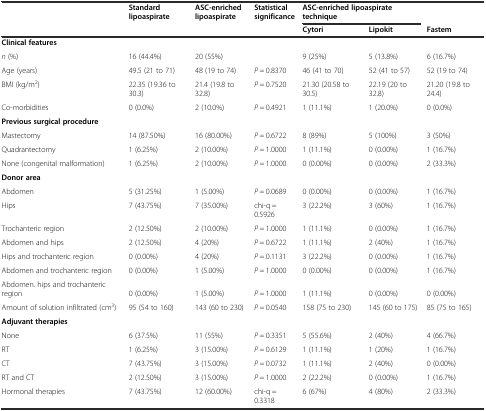
<table><thead><tr><td rowspan="2"></td><td rowspan="2"><b>Standard lipoaspirate</b></td><td rowspan="2"><b>ASC-enriched lipoaspirate</b></td><td rowspan="2"><b>Statistical significance</b></td><td colspan="2"><b>ASC-enriched lipoaspirate technique</b></td><td></td></tr><tr><td><b>Cytori</b></td><td><b>Lipokit</b></td><td><b>Fastem</b></td></tr></thead><tbody><tr><td><b>Clinical features</b></td><td></td><td></td><td></td><td></td><td></td><td></td></tr><tr><td><i>n</i> (%)</td><td>16 (44.4%)</td><td>20 (55%)</td><td></td><td>9 (25%)</td><td>5 (13.8%)</td><td>6 (16.7%)</td></tr><tr><td>Age (years)</td><td>49.5 (21 to 71)</td><td>48 (19 to 74)</td><td><i>P</i> = 0.8370</td><td>46 (41 to 70)</td><td>52 (41 to 57)</td><td>52 (19 to 74)</td></tr><tr><td>BMI (kg/m<sup>2</sup>)</td><td>22.35 (19.36 to 30.3)</td><td>21.4 (19.8 to 32.8)</td><td><i>P</i> = 0.7520</td><td>21.30 (20.58 to 30.5)</td><td>22.19 (20 to 32.8)</td><td>21.20 (19.8 to 24.4)</td></tr><tr><td>Co-morbidities</td><td>0 (0.0%)</td><td>2 (10.0%)</td><td><i>P</i> = 0.4921</td><td>1 (11.1%)</td><td>1 (20.0%)</td><td>0 (0.0%)</td></tr><tr><td colspan="7"><b>Previous surgical procedure</b></td></tr><tr><td>Mastectomy</td><td>14 (87.50%)</td><td>16 (80.00%)</td><td><i>P</i> = 0.6722</td><td>8 (89%)</td><td>5 (100%)</td><td>3 (50%)</td></tr><tr><td>Quadrantectomy</td><td>1 (6.25%)</td><td>2 (10.00%)</td><td><i>P</i> = 1.0000</td><td>1 (11.1%)</td><td>0 (0.00%)</td><td>1 (16.7%)</td></tr><tr><td>None (congenital malformation)</td><td>1 (6.25%)</td><td>2 (10.00%)</td><td><i>P</i> = 1.0000</td><td>0 (0.00%)</td><td>0 (0.00%)</td><td>2 (33.3%)</td></tr><tr><td><b>Donor area</b></td><td></td><td></td><td></td><td></td><td></td><td></td></tr><tr><td>Abdomen</td><td>5 (31.25%)</td><td>1 (5.00%)</td><td><i>P</i> = 0.0689</td><td>0 (0.00%)</td><td>0 (0.00%)</td><td>1 (16.7%)</td></tr><tr><td>Hips</td><td>7 (43.75%)</td><td>7 (35.00%)</td><td>chi-q = 0.5926</td><td>3 (22.2%)</td><td>3 (60%)</td><td>1 (16.7%)</td></tr><tr><td>Trochanteric region</td><td>2 (12.50%)</td><td>2 (10.00%)</td><td><i>P</i> = 1.0000</td><td>1 (11.1%)</td><td>0 (0.00%)</td><td>1 (16.7%)</td></tr><tr><td>Abdomen and hips</td><td>2 (12.50%)</td><td>4 (20%)</td><td><i>P</i> = 0.6722</td><td>1 (11.1%)</td><td>2 (40%)</td><td>1 (16.7%)</td></tr><tr><td>Hips and trochanteric region</td><td>0 (0.00%)</td><td>4 (20%)</td><td><i>P</i> = 0.1131</td><td>3 (22.2%)</td><td>0 (0.00%)</td><td>1 (16.7%)</td></tr><tr><td>Abdomen and trochanteric region</td><td>0 (0.00%)</td><td>1 (5.00%)</td><td><i>P</i> = 1.0000</td><td>0 (0.00%)</td><td>0 (0.00%)</td><td>1 (16.7%)</td></tr><tr><td>Abdomen. hips and trochanteric region</td><td>0 (0.00%)</td><td>1 (5.00%)</td><td><i>P</i> = 1.0000</td><td>1 (11.1%)</td><td>0 (0.00%)</td><td>0 (0.00%)</td></tr><tr><td>Amount of solution infiltrated (cm<sup>3</sup>)</td><td>95 (54 to 160)</td><td>143 (60 to 230)</td><td><i>P</i> = 0.0540</td><td>158 (75 to 230)</td><td>145 (60 to 175)</td><td>85 (75 to 165)</td></tr><tr><td colspan="7"><b>Adjuvant therapies</b></td></tr><tr><td>None</td><td>6 (37.5%)</td><td>11 (55%)</td><td><i>P</i> = 0.3351</td><td>5 (55.6%)</td><td>2 (40%)</td><td>4 (66.7%)</td></tr><tr><td>RT</td><td>1 (6.25%)</td><td>3 (15.00%)</td><td><i>P</i> = 0.6129</td><td>1 (11.1%)</td><td>1 (20%)</td><td>1 (16.7%)</td></tr><tr><td>CT</td><td>7 (43.75%)</td><td>3 (15.00%)</td><td><i>P</i> = 0.0732</td><td>1 (11.1%)</td><td>2 (40%)</td><td>0 (0.00%)</td></tr><tr><td>RT and CT</td><td>2 (12.50%)</td><td>3 (15.00%)</td><td><i>P</i> = 1.0000</td><td>2 (22.2%)</td><td>0 (0.00%)</td><td>1 (16.7%)</td></tr><tr><td>Hormonal therapies</td><td>7 (43.75%)</td><td>12 (60.00%)</td><td>chi-q = 0.3318</td><td>6 (67%)</td><td>4 (80%)</td><td>2 (33.3%)</td></tr></tbody></table>